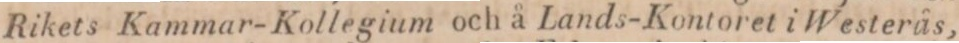
Rikets Kammar-Kollegium och å Lands-Kontoret i Westerås,